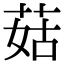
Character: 菇